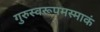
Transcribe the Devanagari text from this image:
गुरुस्वरूपमस्माकं